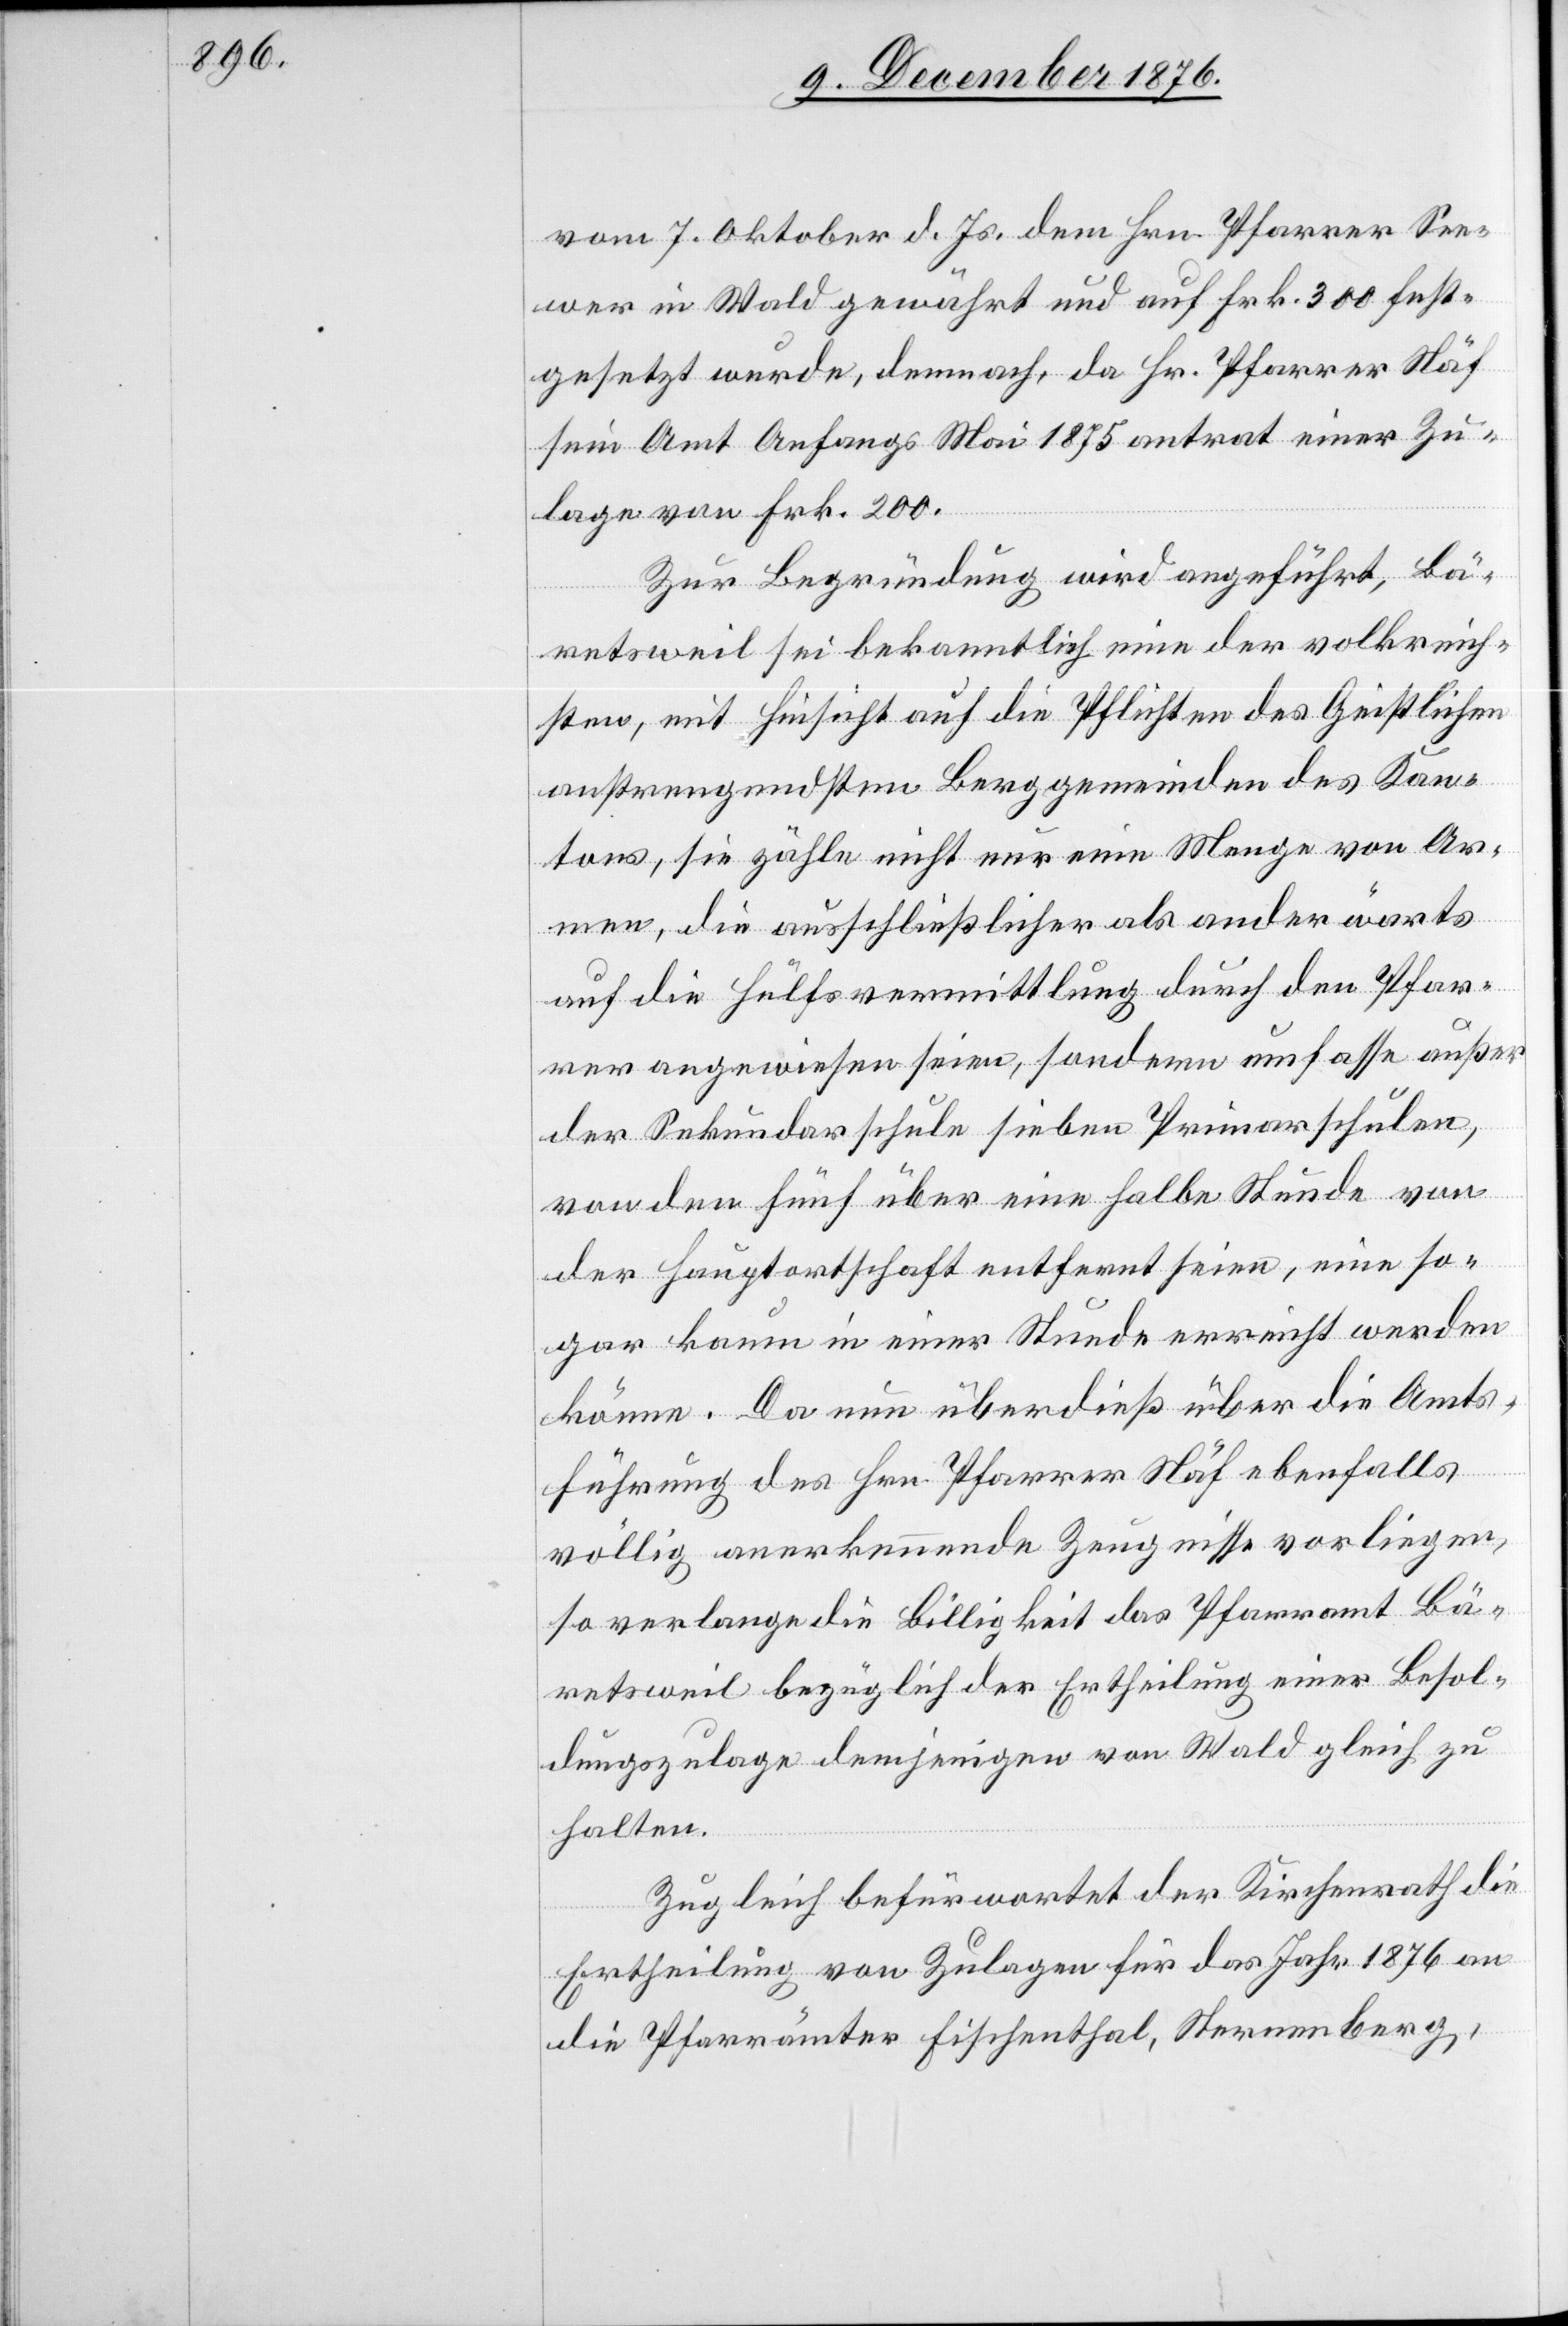
vom 7. Oktober d. Js. dem Hrn. Pfarrer See¬
wer in Wald gewährt und auf Frk. 300 fest¬
gesetzt wurde, demnach, da Hr. Pfarrer Näf
sein Amt Anfangs Mai 1875 antrat einer Zu¬
lage von Frk. 200.
Zur Begründung wird angeführt, Bä¬
retsweil sei bekanntlich eine der volkreich¬
sten, mit Hinsicht auf die Pflichten des Geistlichen
anstrengendsten Berggemeinden des Kan¬
tons, sie zähle nicht nur eine Menge von Ar¬
men, die ausschließlicher als anderwärts
auf die Hülfsvermittlung durch den Pfar¬
rer angewiesen seien, sondern umfasse außer
der Sekundarschule sieben Primarschulen,
denen] fünf über eine halbe Stunde von
der Hauptortschaft entfernt seien, eine so¬
gar kaum in einer Stunde erreicht werden
könne. Da nun überdieß über die Amts¬
führung des Hrn. Pfarrer Näf ebenfalls
völlig anerkennende Zeugnisse vorliegen,
so verlange die Billigkeit das Pfarramt Bä¬
retsweil bezüglich der Ertheilung einer Besol¬
dungszulage demjenigen von Wald gleich zu
halten.
Zugleich befürwortet der Kirchenrath die
Ertheilung von Zulagen für das Jahr 1876 an
die Pfarrämter Fischenthal, Sternenberg,